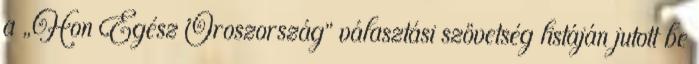
a „Hon Egész Oroszország” választási szövetség listáján jutott be